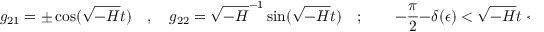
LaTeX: g _ { 2 1 } = \pm \cos ( \sqrt { - H } t ) \quad , \quad g _ { 2 2 } = \sqrt { - H } ^ { - 1 } \sin ( \sqrt { - H } t ) \quad ; \qquad - \frac { \pi } { 2 } - \delta ( \epsilon ) < \sqrt { - H } t < \frac { \pi } { 2 } + \delta ( \epsilon ) ,